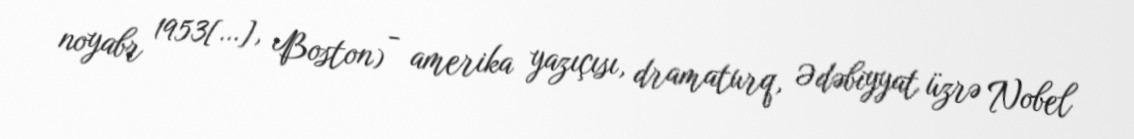
noyabr 1953[…], Boston) - amerika yazıçısı, dramaturq, Ədəbiyyat üzrə Nobel